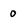
Character: 0